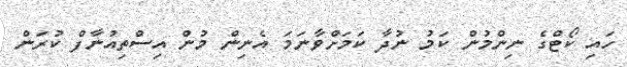
ހައި ކޯޓްގެ ނިންމުން ކަމު ނުދާ ކަމަށްވާނަމަ އެނިން މުން އިސްތިއުނާފް ކުރަން